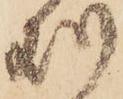
処